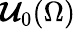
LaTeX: \boldsymbol{\mathcal{U}}_{0}(\Omega)